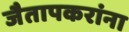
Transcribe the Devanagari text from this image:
जैतापकरांना